Civil Veterinary Dept. Assam report 1927-50 - 1927-1950
Year: 1927
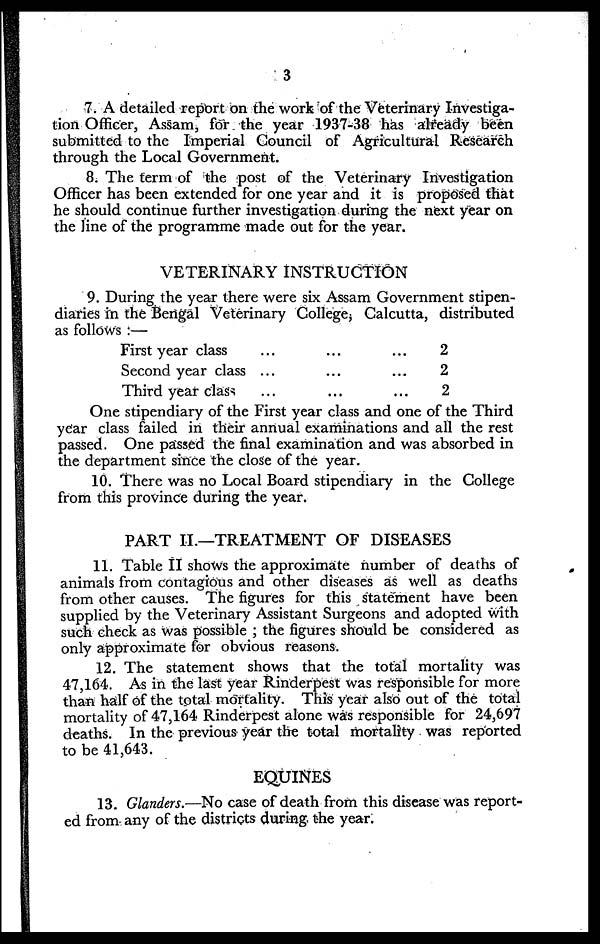
3
7. A detailed report on the work of the Veterinary Investiga-
tion Officer, Assam, for the year 1937-38 has already been
submitted to the Imperial Council of Agricultural Research
through the Local Government.
8. The term of the post of the Veterinary Investigation
Officer has been extended for one year and it is proposed that
he should continue further investigation during the next year on
the line of the programme made out for the year.
VETERINARY INSTRUCTION
9. During the year there were six Assam Government stipen-
diaries in the Bengal Veterinary College, Calcutta, distributed
as follows:—
First year class
Second year class
Third year class
...
...
...
...
...
...
...
...
...
2
2
2
One stipendiary of the First year class and one of the Third
year class failed in their annual examinations and all the rest
passed. One passed the final examination and was absorbed in
the department since the close of the year.
10. There was no Local Board stipendiary in the College
from this province during the year.
PART II.—TREATMENT OF DISEASES
11. Table II shows the approximate number of deaths of
animals from contagious and other diseases as well as deaths
from other causes. The figures for this statement have been
supplied by the Veterinary Assistant Surgeons and adopted with
such check as was possible; the figures should be considered as
only approximate for obvious reasons.
12. The statement shows that the total mortality was
47,164. As in the last year Rinderpest was responsible for more
than half of the total mortality. This year also out of the total
mortality of 47,164 Rinderpest alone was responsible for 24,697
deaths. In the previous year the total mortality was reported
to be 41,643.
EQUINES
13. Glanders.—No case of death from this disease was report-
ed from any of the districts during the year.